Vaccination Hyderabad 1872-1889 - 1872-1889
Year: 1872
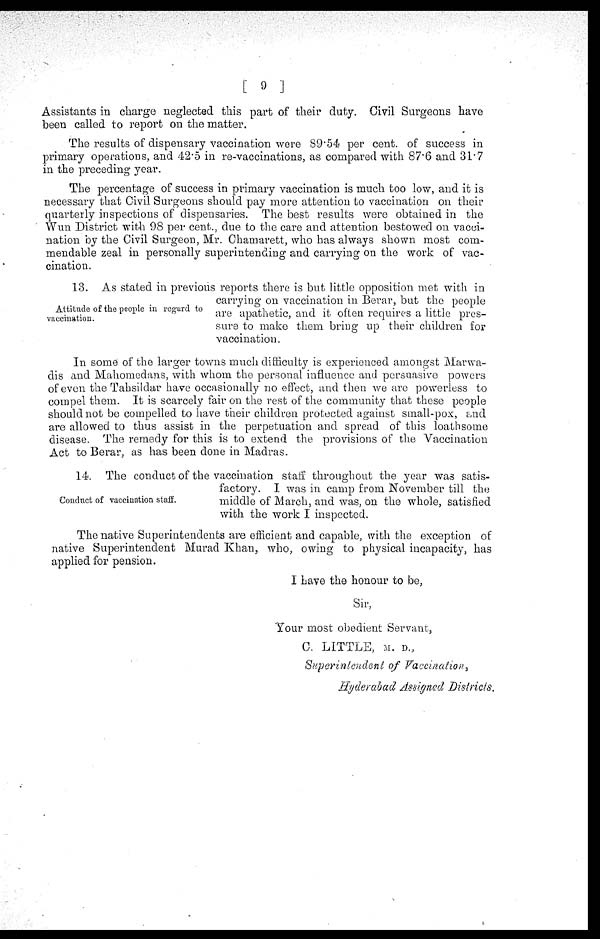
[ 9 ]
Assistants in charge neglected this part of their duty. Civil Surgeons have
been called to report on the matter.
The results of dispensary vaccination were 89.54 per cent. of success in
primary operations, and 42.5 in re-vaccinations, as compared with 87.6 and 31.7
in the preceding year.
The percentage of success in primary vaccination is much too low, and it is
necessary that Civil Surgeons should pay more attention to vaccination on their
quarterly inspections of dispensaries. The best results were obtained in the
Wun District with 98 per cent., due to the care and attention bestowed on vacci-
nation by the Civil Surgeon, Mr. Chamarett, who has always shown most com-
mendable zeal in personally superintending and carrying on the work of vac¬
cination.
Attitude of the people in regard to
vaccination.
13. As stated in previous reports there is but little opposition met with in
carrying on vaccination in Berar, but the people
are apathetic, and it often requires a little pres-
sure to make them bring up their children for
vaccination.
In some of the larger towns much difficulty is experienced amongst Marwa-
dis and Mahomedans, with whom the personal influence and persuasive powers
of even the Tahsildar have occasionally no effect, and then we are powerless to
compel them. It is scarcely fair on the rest of the community that these people
should not be compelled to have their children protected against small-pox, and
are allowed to thus assist in the perpetuation and spread of this loathsome
disease. The remedy for this is to extend the provisions of the Vaccination
Act to Berar, as has been done in Madras.
Conduct of vaccination staff.
14. The conduct of the vaccination staff throughout the year was satis-
factory. I was in camp from November till the
middle of March, and was, on the whole, satisfied
with the work I inspected.
The native Superintendents are efficient and capable, with the exception of
native Superintendent Murad Khan, who, owing to physical incapacity, has
applied for pension.
I have the honour to be,
Sir,
Your most obedient Servant,
C. LITTLE, M. D.,
Superintendent of Vaccination,
Hyderabad Assigned Districts.